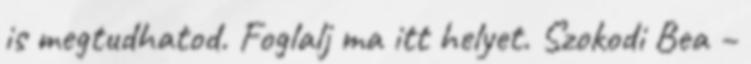
is megtudhatod. Foglalj ma itt helyet. Szokodi Bea –